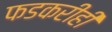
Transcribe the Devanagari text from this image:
फडकरीही